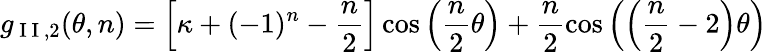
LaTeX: g_{\mathrm{~I~I~},2}(\theta,n)=\left[\kappa+(-1)^{n}-\frac{n}{2}\right]\cos\left(\frac{n}{2}\theta\right)+\frac{n}{2}\cos\left(\left(\frac{n}{2}-2\right)\theta\right)